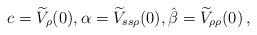
LaTeX: \begin{align*} c = \widetilde V_\rho(0) , \alpha= \widetilde V_{ss\rho }(0) , \hat{\beta} = \widetilde V_{\rho\rho}(0) \,,\end{align*}